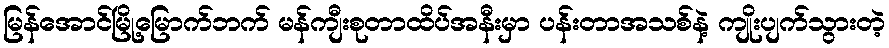
မြန်အောင်မြို့မြောက်ဘက် မန်ကျီးစုတာထိပ်အနီးမှာ ပန်းတာအသစ်နဲ့ ကျိုးပျက်သွားတဲ့